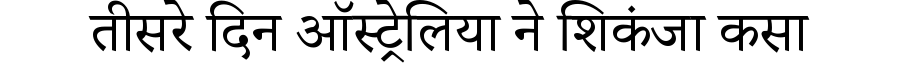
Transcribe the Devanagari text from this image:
तीसरे दिन ऑस्ट्रेलिया ने शिकंजा कसा